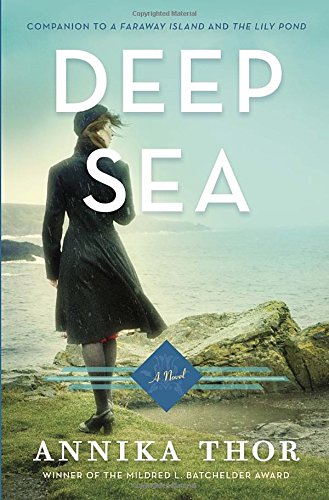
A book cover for Deep Sea; Annika Thor; Teen & Young Adult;